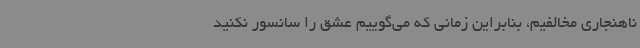
ناهنجاری مخالفیم، بنابراین زمانی که می‌گوییم عشق را سانسور نکنید